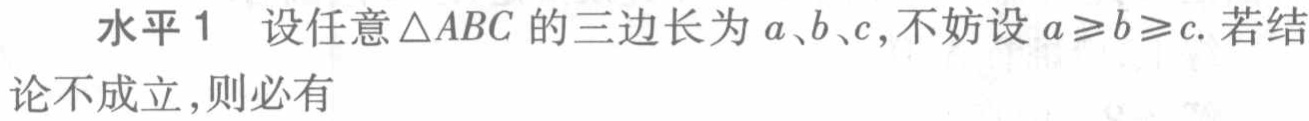
水平1 设任意$\triangle ABC$的三边长为$a、b、c$,不妨设$a\geqslant b\geqslant c$. 若结论不成立,则必有